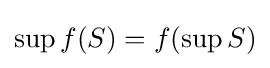
\sup f(S)=f(\sup S)